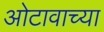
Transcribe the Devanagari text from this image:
ओटावाच्या